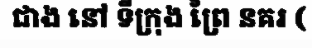
ជាង នៅ ទីក្រុង ព្រៃ នគរ (